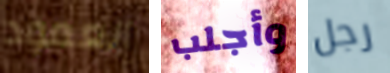
العمود وأجلب رجل